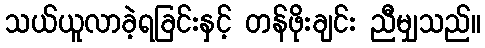
သယ်ယူလာခဲ့ရခြင်းနှင့် တန်ဖိုးချင်း ညီမျှသည်။